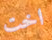
اخت